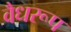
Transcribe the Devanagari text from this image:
वैधरूप